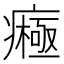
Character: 𤺷